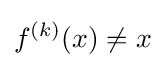
f^{(k)}(x)\neq x